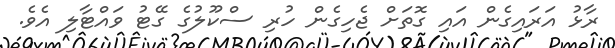
ރާޅު އަރައިގެން އައި ގޮތަށް ޖެހިގެން ހުރި ސްކޫލުގެ ގޭޓު ވައްޓާލި އެވެ.